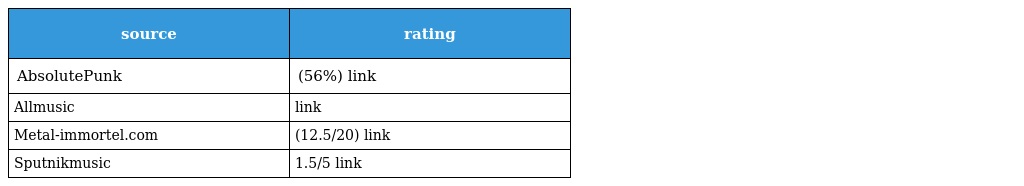
| source | rating |
 | --- | --- |
 | AbsolutePunk | (56%) link |
 | Allmusic | link |
 | Metal-immortel.com | (12.5/20) link |
 | Sputnikmusic | 1.5/5 link |